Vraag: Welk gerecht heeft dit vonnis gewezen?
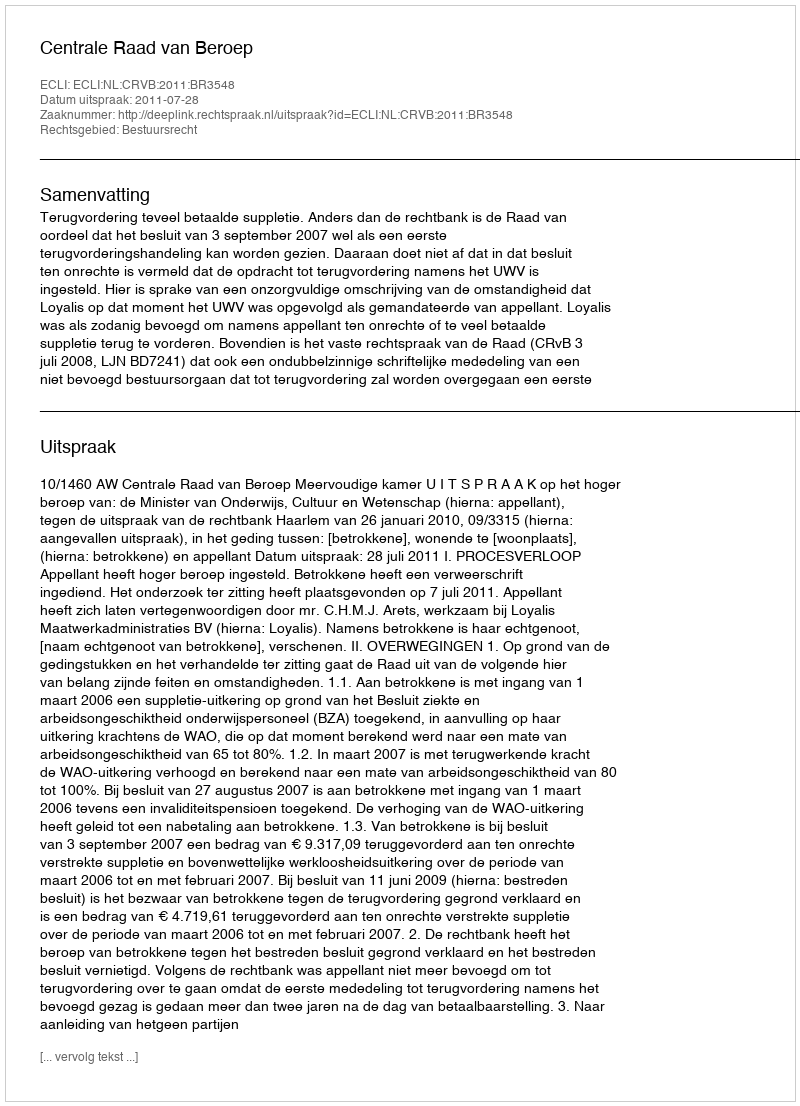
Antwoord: Centrale Raad van Beroep